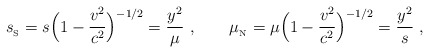
\begin{align*}{s_{_{\rm S}}}=s\Big(1-{{v}^2\over c^2}\Big)^{-1/2}={y^2\over\mu}\ ,\qquad {\mu_{_{\rm N}}}=\mu\Big(1-{{v}^2\over c^2}\Big)^{-1/2}={y^2\over s} \ , \end{align*}